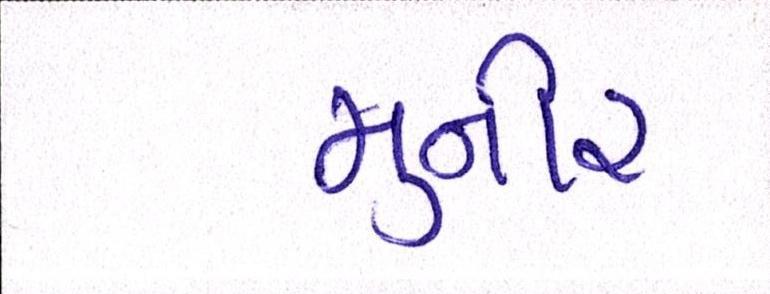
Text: મુનીર